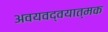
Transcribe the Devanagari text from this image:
अवयवद्वयात्मक